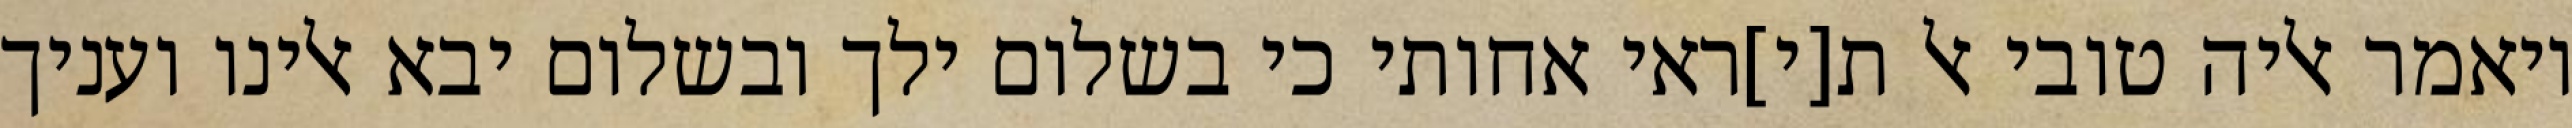
ויאמר אליה טובי אל ת[י]ראי אחותי כי בשלום ילך ובשלום יבא אלינו ועניך